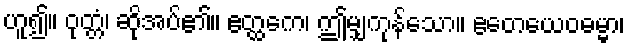
ဟူ၍။ ဝုတ္တံ၊ ဆိုအပ်၏။ ဧတ္ထကေ၊ ဤမျှကုန်သော။ ဧတေယေဝဓမ္မာ၊